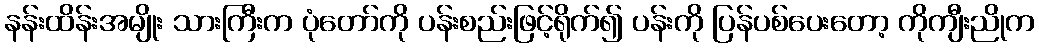
နန်းထိန်းအမျိုး သားကြီးက ပုံတော်ကို ပန်းစည်းဖြင့်ရိုက်၍ ပန်းကို ပြန်ပစ်ပေးတော့ ကိုကျီးညိုက